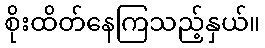
စိုးထိတ်နေကြသည့်နှယ်။